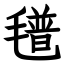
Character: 氆